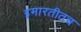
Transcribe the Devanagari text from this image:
इमारतीतच